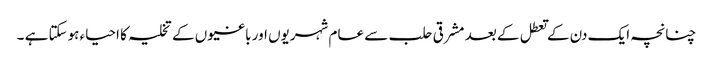
چنانچہ ایک دن کے تعطل کے بعد مشرقی حلب سے عام شہریوں اور باغیوں کے تخلیہ کا احیاء ہوسکتا ہے ۔